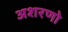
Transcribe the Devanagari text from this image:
अशरणो